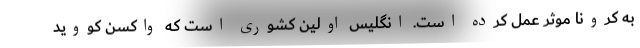
به کرونا موثر عمل کرده است. انگلیس اولین کشوری است که واکسن کووید